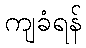
ကျခံရန်